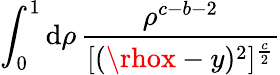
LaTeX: \int_{0}^{1}\mathrm{d}\rho\, \frac{{\rho^{c-b-2}}}{{[(\rhox-y)^{2}]^{\frac{{c}}{{2}}}}}